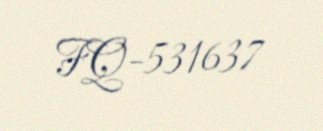
FQ-531637